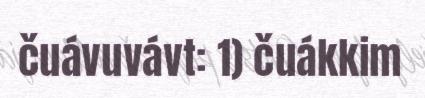
čuávuvávt: 1) čuákkim